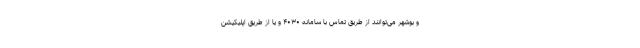
و بوشهر می‌توانند از طریق تماس با سامانه ۴۰۳۰ و یا از طریق اپلیکیشن